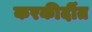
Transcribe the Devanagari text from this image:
करकीर्दीत